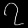
Digit: ၇